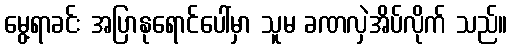
မွေ့ရာခင်း အပြာနုရောင်ပေါ်မှာ သူမ ခဏလှဲအိပ်လိုက် သည်။